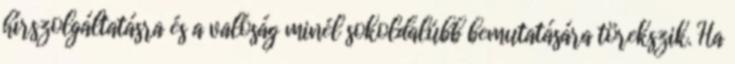
hírszolgáltatásra és a valóság minél sokoldalúbb bemutatására törekszik. Ha